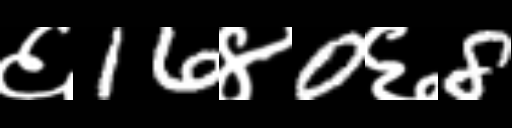
Text: ६16४0६8